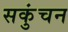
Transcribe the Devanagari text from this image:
सकुंचन